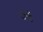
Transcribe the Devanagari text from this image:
कर्हे